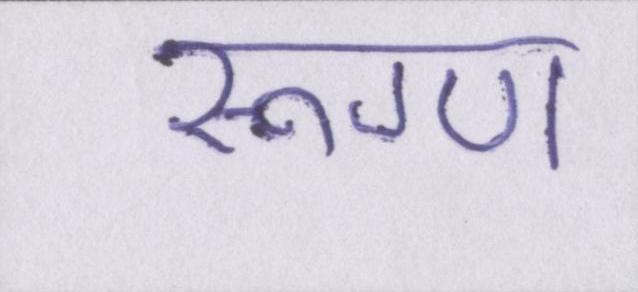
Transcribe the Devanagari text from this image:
रूग्ण